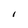
Character: l